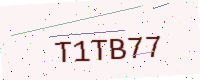
Text: T1TB77